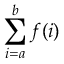
\sum _ { i = a } ^ { b } f ( i )